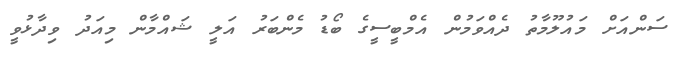
ސަންއަށް މައުލޫމާތު ދެއްވަމުން އެމްބީސީގެ ބޯޑު މެންބަރު އަލީ ޝައްމާން މިއަދު ވިދާޅުވީ